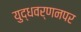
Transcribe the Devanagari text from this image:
युद्धवर्णनपर